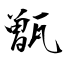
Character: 甑